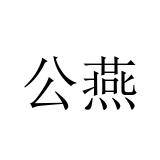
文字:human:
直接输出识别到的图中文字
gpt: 公燕